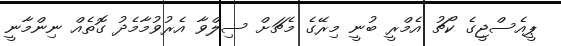
ޕީއެސްޖީގެ ކޯޗު އެމްރީ ބުނީ މިރޭގެ މެޗަށް ސިލްވާ އެރުވުމާމެދު ގޮތެއް ނިންމާނީ